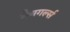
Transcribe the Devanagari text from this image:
मैचगर्ल्स